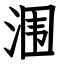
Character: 涠